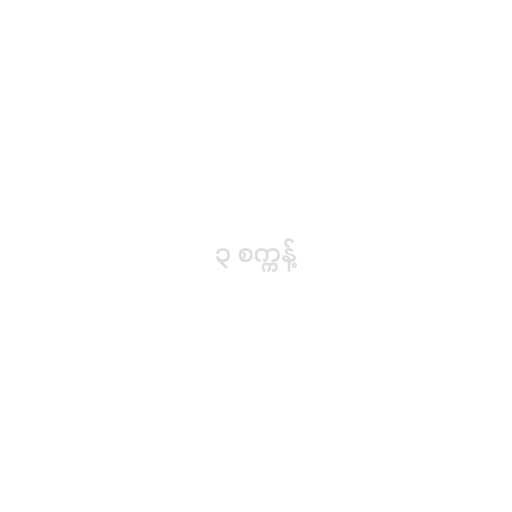
၃ စက္ကန့်